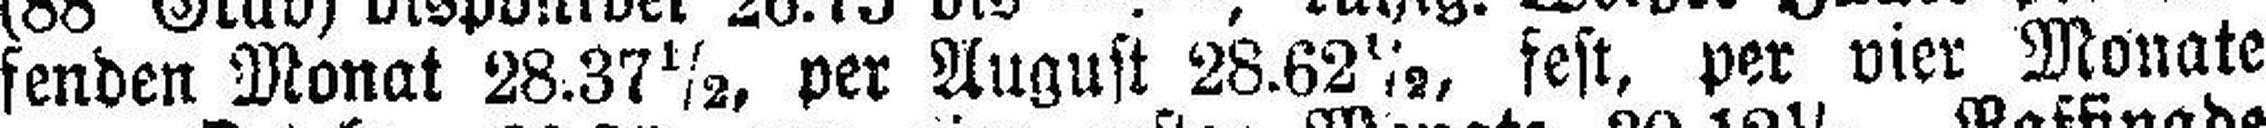
fenden Monat 28.37½, per August 28.62½, fest, per vier Monate